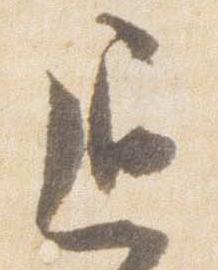
退